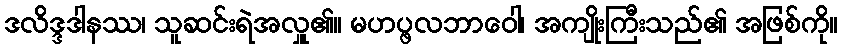
ဒလိဒ္ဒဒါနဿ၊ သူဆင်းရဲအလှူ၏။ မဟပ္ဖလဘာဝေါ၊ အကျိုးကြီးသည်၏ အဖြစ်ကို။